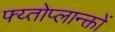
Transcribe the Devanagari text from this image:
फ्य्तोप्लान्क्तों